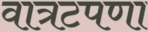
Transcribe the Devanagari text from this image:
वात्रटपणा